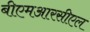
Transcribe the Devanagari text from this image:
बीएमआरसीएल